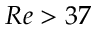
R e > 3 7